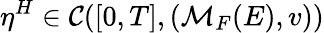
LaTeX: \eta^{H}\in\mathcal{C}([0,T],(\mathcal{M}_{F}(E),v))